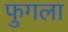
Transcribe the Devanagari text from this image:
फुगला